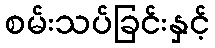
စမ်းသပ်ခြင်းနှင့်